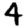
Digit: 4